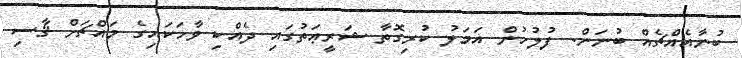
ބުނާއެއްޗެއް ބުނަން. ފުލުހުން އަމަލު ކުރިގޮތާ ޝަރީޢަތުގައި ދެއްކި ވާހަކަައިގެ މައްޗަށް ޤާސި